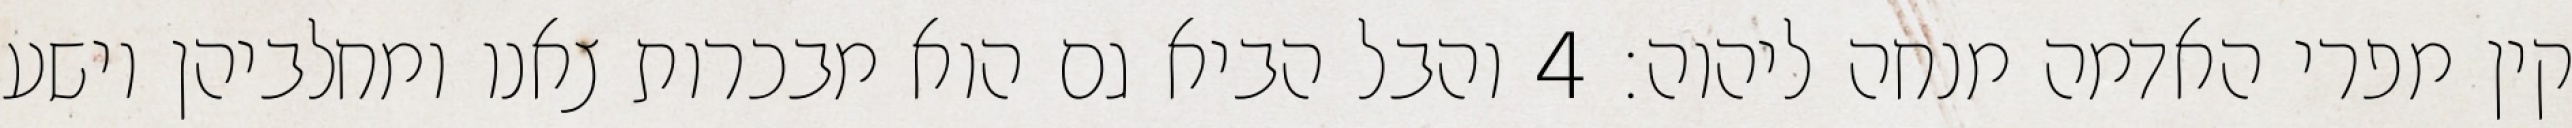
קין מפרי האדמה מנחה ליהוה׃ ‎4‏ והבל הביא גם הוא מבכרות צאנו ומחלביהן וישע